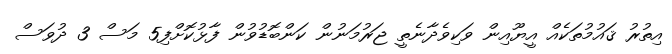
އިތުރު ޤައުމުތަކެއް އީޔޫއިން ވަކިވެދާނެތީ ޖަރުމަނުން ކަންބޮޑުވުން ފާޅުކޮށްފި5 މަސް 3 ދުވަސް